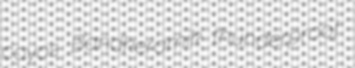
coyos Bandkeramik thunderproof